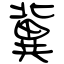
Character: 冀